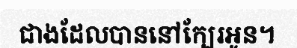
ជាងដែលបាននៅក្បែរអូន។